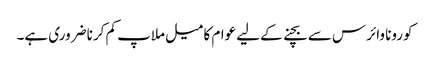
کورونا وائرس سے بچنے کےلیے عوام کا میل ملاپ کم کرنا ضروری ہے۔